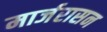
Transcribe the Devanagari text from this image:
मार्जरासन